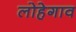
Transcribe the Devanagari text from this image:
लोहेगाव